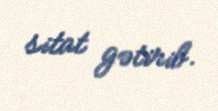
sitat gətirib.